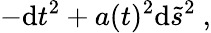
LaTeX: -\mathrm{d}t^{2}+a(t)^{2}\mathrm{d}\tilde{{s}}^{2}~,